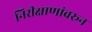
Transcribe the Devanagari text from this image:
निरीक्षाणांवरून